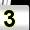
Digit: 3